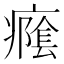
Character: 𭼭